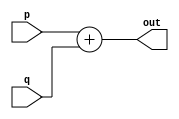
module adder(
  input [63:0] p,
  input [63:0] q,
  output [63:0] out);
  
  assign out = p+q;
endmodule